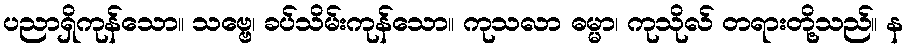
ပညာရှိကုန်သော။ သဗ္ဗေ၊ ခပ်သိမ်းကုန်သော။ ကုသလာ ဓမ္မာ၊ ကုသိုလ် တရားတို့သည်။ န